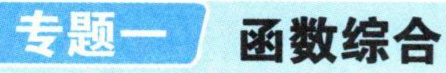
专题一 函数综合